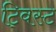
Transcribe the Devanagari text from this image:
टि्वस्ट